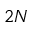
2 N